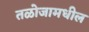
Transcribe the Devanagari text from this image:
तळोजामधील